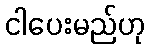
ငါပေးမည်ဟု